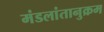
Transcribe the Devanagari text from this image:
मंडलांतानुक्रम